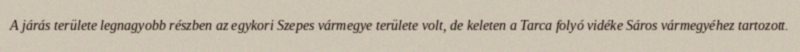
A járás területe legnagyobb részben az egykori Szepes vármegye területe volt, de keleten a Tarca folyó vidéke Sáros vármegyéhez tartozott.